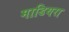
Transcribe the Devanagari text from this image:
माडियरा